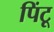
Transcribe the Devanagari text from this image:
पिंटू